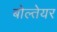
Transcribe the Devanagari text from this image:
बोल्तेयर